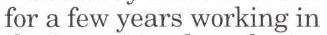
for a few years working in